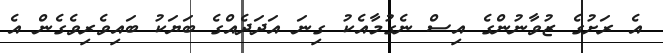
އެ ރަށުގެ ޒުވާނުންގެ އިސް ނެގުމާއެކު ގިނަ އަދަދެއްގެ ބަޔަކު ބައިވެރިވެގެން އެ